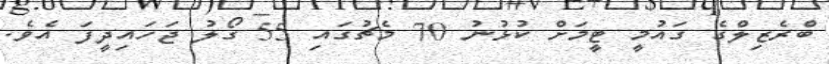
ބްރެޒިލްގެ ގައުމީ ޓީމަށް ކުޅުނު 70 މެޗުގައި 55 ގޯލު ޖަހައިދީފަ އެވެ.